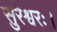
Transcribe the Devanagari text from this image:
सुरेश्वरः।